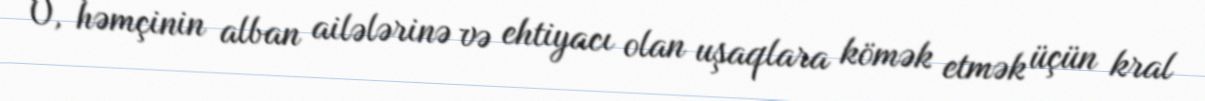
O, həmçinin alban ailələrinə və ehtiyacı olan uşaqlara kömək etmək üçün kral